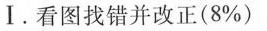
Ⅰ.看图找错并改正(8%)